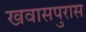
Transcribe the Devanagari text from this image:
खवासपुरास